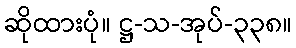
ဆိုထားပုံ။ ဋ္ဌ-သ-အုပ်-၃၃၈။